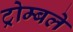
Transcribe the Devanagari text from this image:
ट्रोम्बले